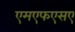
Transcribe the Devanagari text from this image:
एमएफएसए